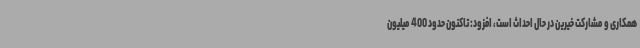
همکاری و مشارکت خیرین در حال احداث است، افزود: تاکنون حدود 400 میلیون